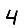
Digit: 4